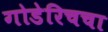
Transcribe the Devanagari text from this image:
गोडेरिचचा